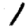
Digit: 1